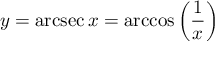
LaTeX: y = \operatorname { a r c s e c } x = \operatorname { a r c c o s } \left( { \frac { 1 } { x } } \right)